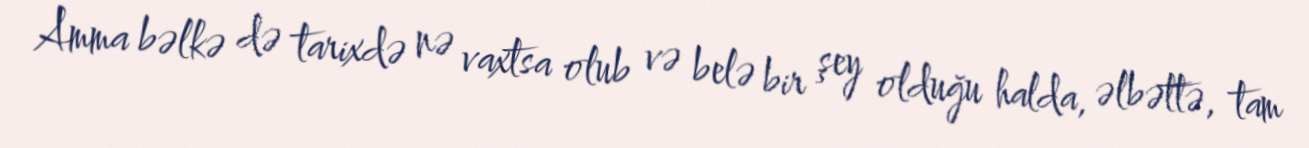
Amma bəlkə də tarixdə nə vaxtsa olub və belə bir şey olduğu halda, əlbəttə, tam